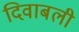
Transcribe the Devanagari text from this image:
दिवाबली